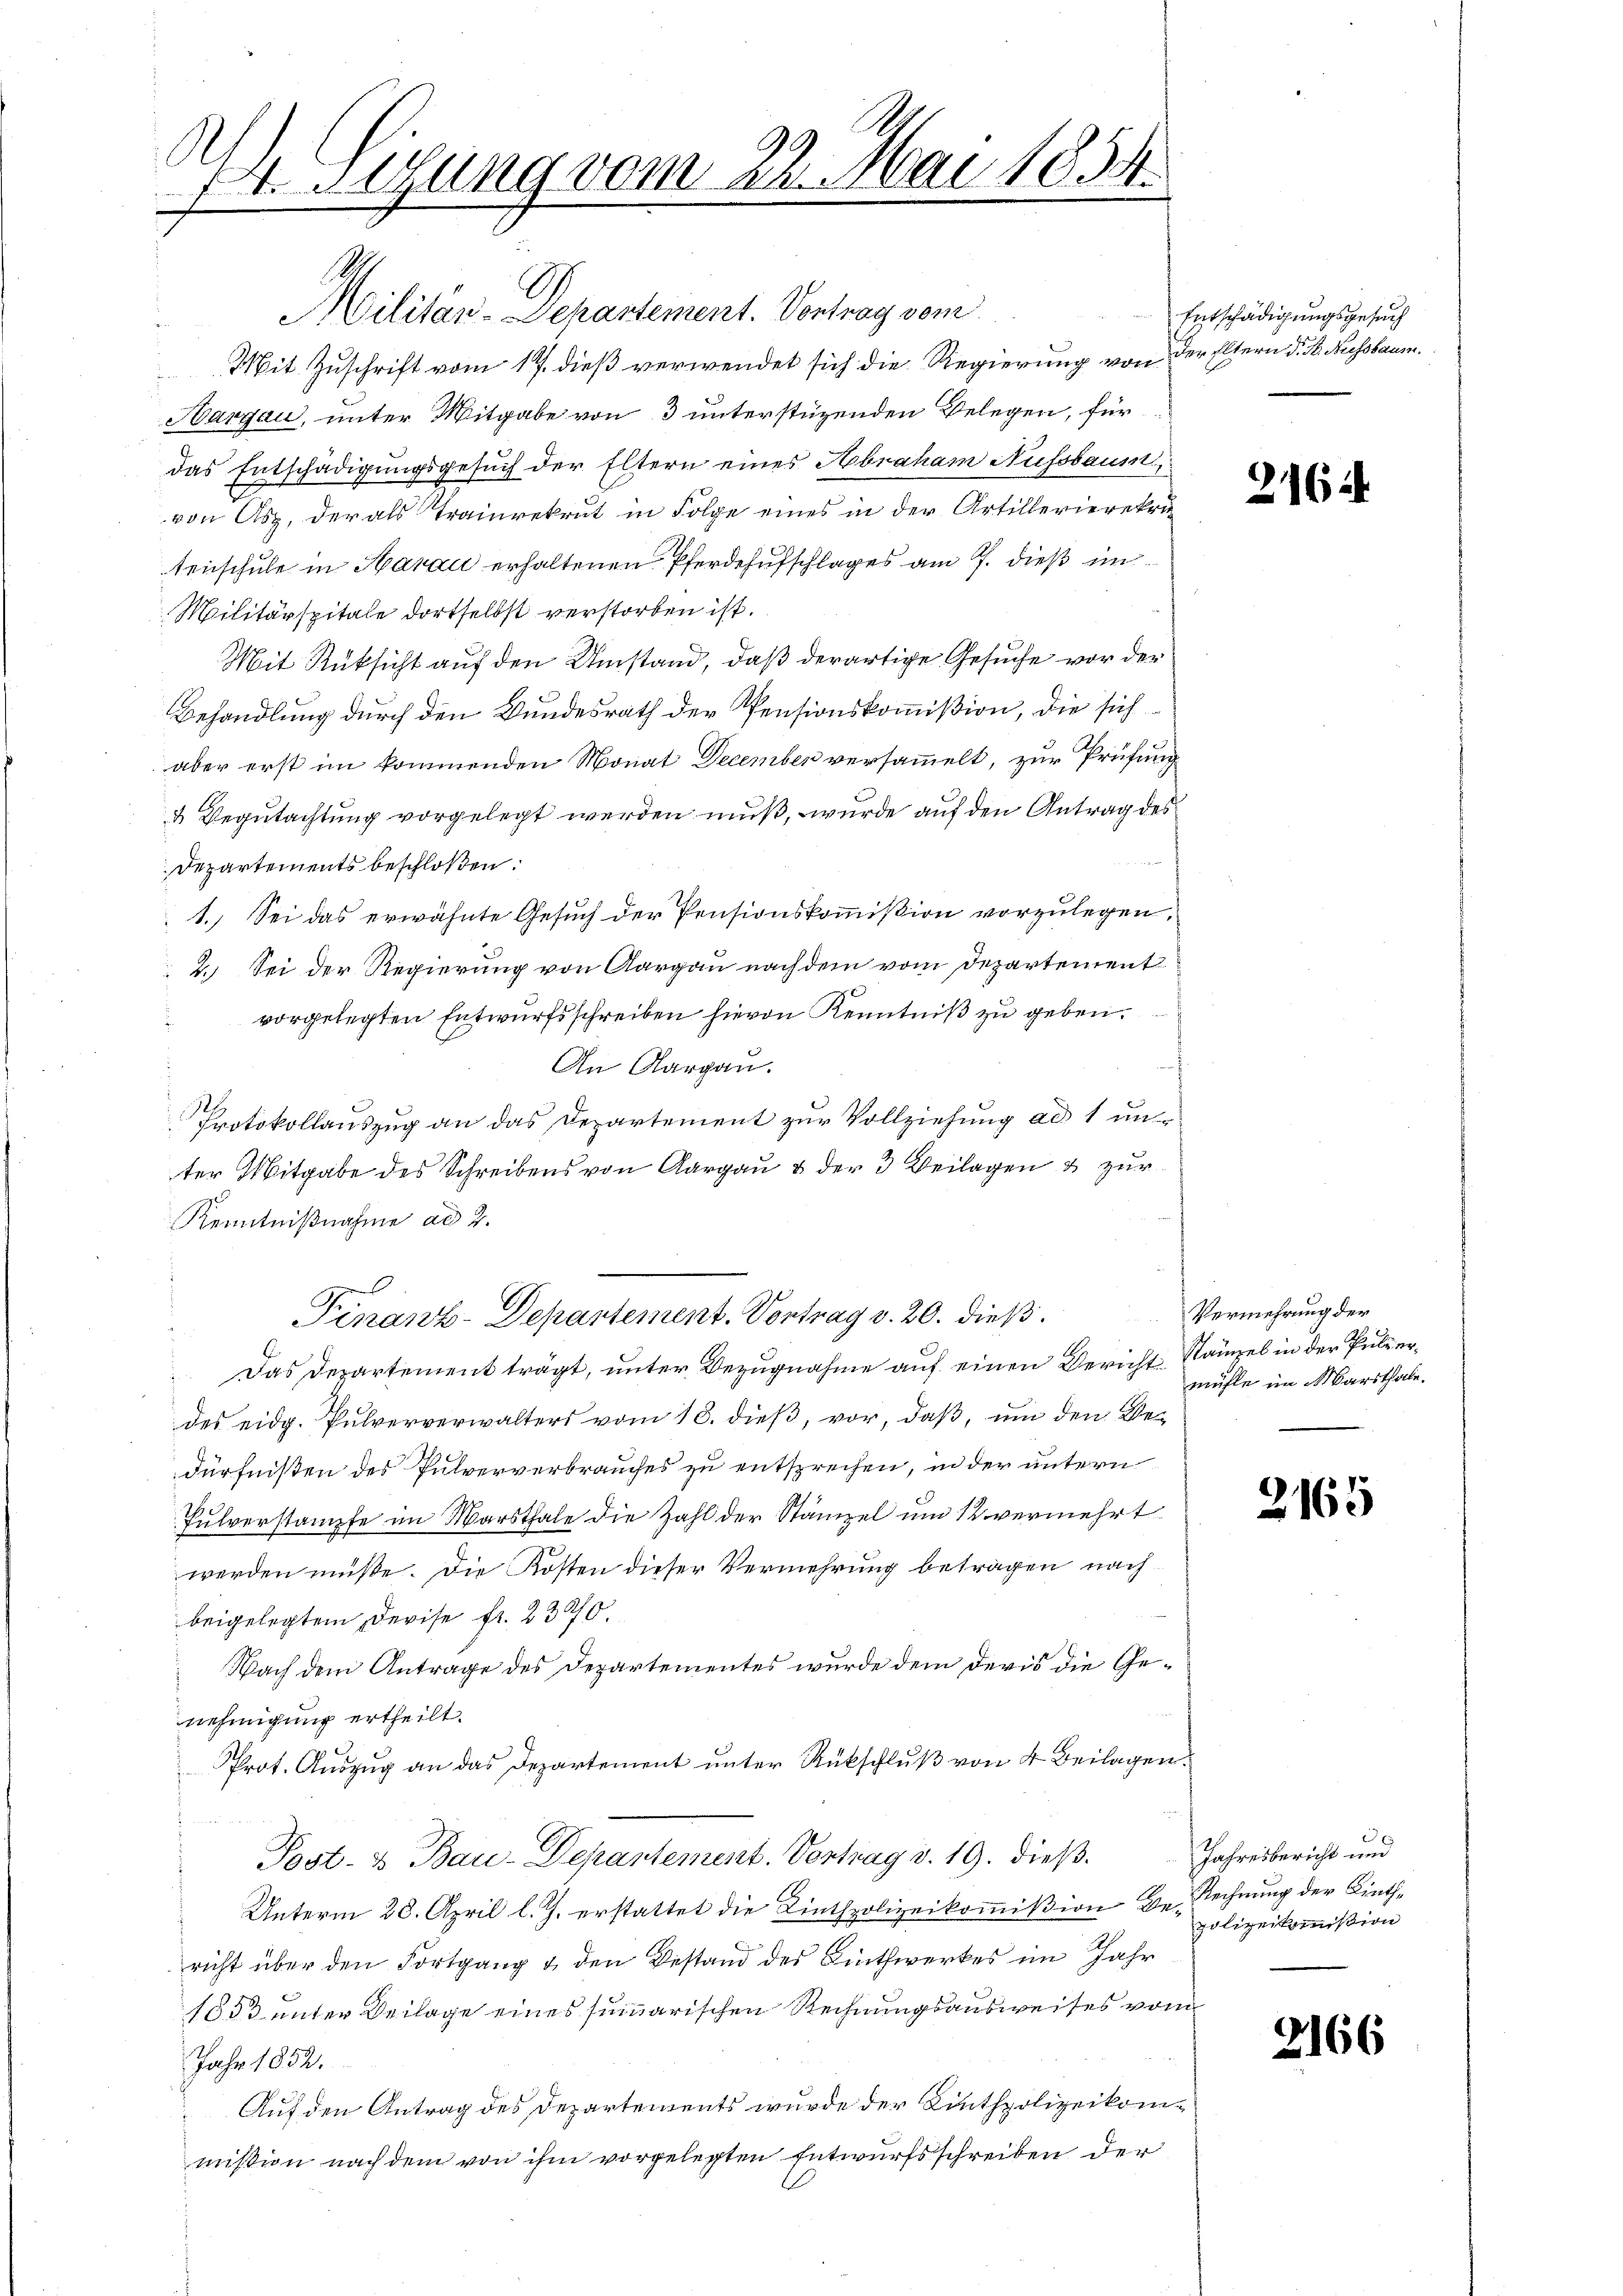
Et attung vom 22. Mai 1854.

S.
Militär-Departement. Vontrag vom
Mit Zuschrift vom 17. dieß verwendet sich die Regierung von der Eltern d. d. Kussbaum
Hargau, unter Mitgabe von 3 unterstüzenden Belegen, für
das Entschädigungsgesuch der Eltern eines Abraham Aufsbaum,
von Asz, der als Trainrekrut in Folge eines in der Artillerierekru
tenschule in Aarau erhaltenen Pferdehufschlages am 7. dieß im
Militärspitale dortselbst verstorben ist.
Mit Rüksicht auf den Umstand, daß derartige Gesuche vor der
Behandlung durch den Bundesrath der Pensionskommißion, die sich
aber erst im kommenden Monat December versammelt, zur Prüfung
4 Begutachtung vorgelegt werden muß, wurde auf den Antrag des
Departements beschloßen:
1. Sei das erwähnte Gesuch der Pensionskommission vorzulegen,
2. Sei der Regierung von Aargau nach dem vom Departement
vorgelegten Entwurfsschreiben hievon Kenntniß zu geben.
An Aargau.
Protokollauszug an das Departement zur Vollziehung ad 1 unter Mitgabe des Schreibens von Aargau & der 3 Beilagen & zur
Kenntnißnahme ad 2.
e
Finanz-Departement. Vortrag v. 20. dieß.
Das Departement trägt, unter Bezugnahme auf einen Bericht Kampel in der Pulverdes eidg. Pulververwalters vom 18. dieß, vor, daß, um den Bedürfnißen des Pulververbrauches zu entsprechen, in der untern
Pulverstampfe im Marsthale die Zahl der Stämpel um 12. vermehrt
werden müße. Die Kosten dieser Vermehrung beträgen, nach
beigelegtem Devise fr. 2320.
Nach dem Antrage des Departementes wurde dem deris die Genehmigung ertheilt.
Prot. Auszug an das Departement unter Rückschluß von 4 Beilagen.
Post- & Bau-Departement. Vortrag v. 19. dieß.
Unterm 28. April l. J. erstattet die Linthpolizeikommißion Be- Rechnung der Linthricht über den Fortgang & den Bestand des Linthwerkes im Jahr
1853 unter Beilage eines summarischen Rechnungsausweises vom
Jahr 1852.
Auf den Antrag des Departements wurde der Linthpolizeikommission nach dem von ihm vorgelegten Entwurfsschreiben der

Entschädigungsgesuch

216

Vermehrung der
mühle im Marthale.

2165

Jahresbericht und
polizeikommißion

2166